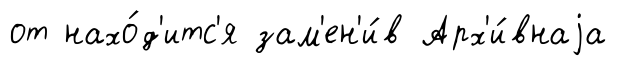
от нахо́д'итс'я зам'ен'и́в Арх'и́внаjа